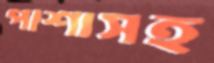
পাশাসহ